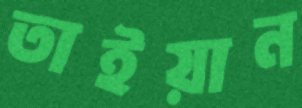
তাইয়ান